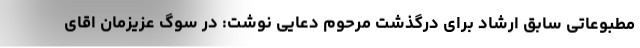
مطبوعاتی سابق ارشاد برای درگذشت مرحوم دعایی نوشت: در سوگ عزیزمان اقای